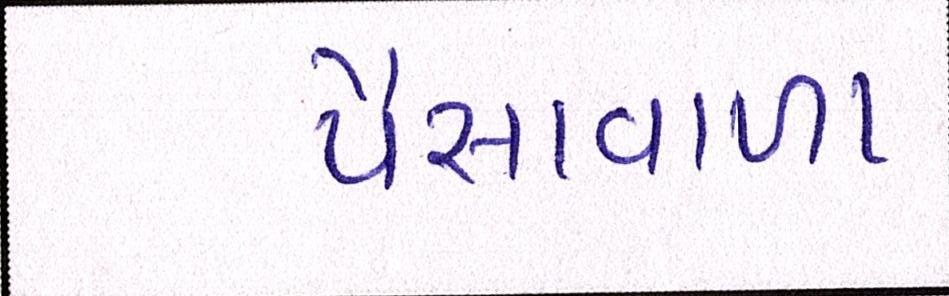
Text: પૈસાવાળા